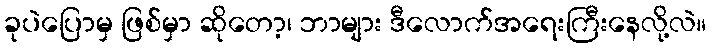
ခုပဲပြောမှ ဖြစ်မှာ ဆိုတော့၊ ဘာများ ဒီလောက်အရေးကြီးနေလို့လဲ။